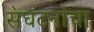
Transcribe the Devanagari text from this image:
स॓घटना॓चा